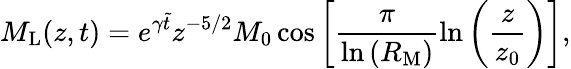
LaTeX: M_{\mathrm{L}}(z,t)=e^{\gamma\tilde{t}}z^{-5/2}M_{0}\cos{\bigg[\frac{\pi}{\ln{(R_{\mathrm{M}})}}\ln{\bigg(\frac{z}{z_{0}}\bigg)}\bigg]},